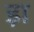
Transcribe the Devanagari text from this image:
ड़ा